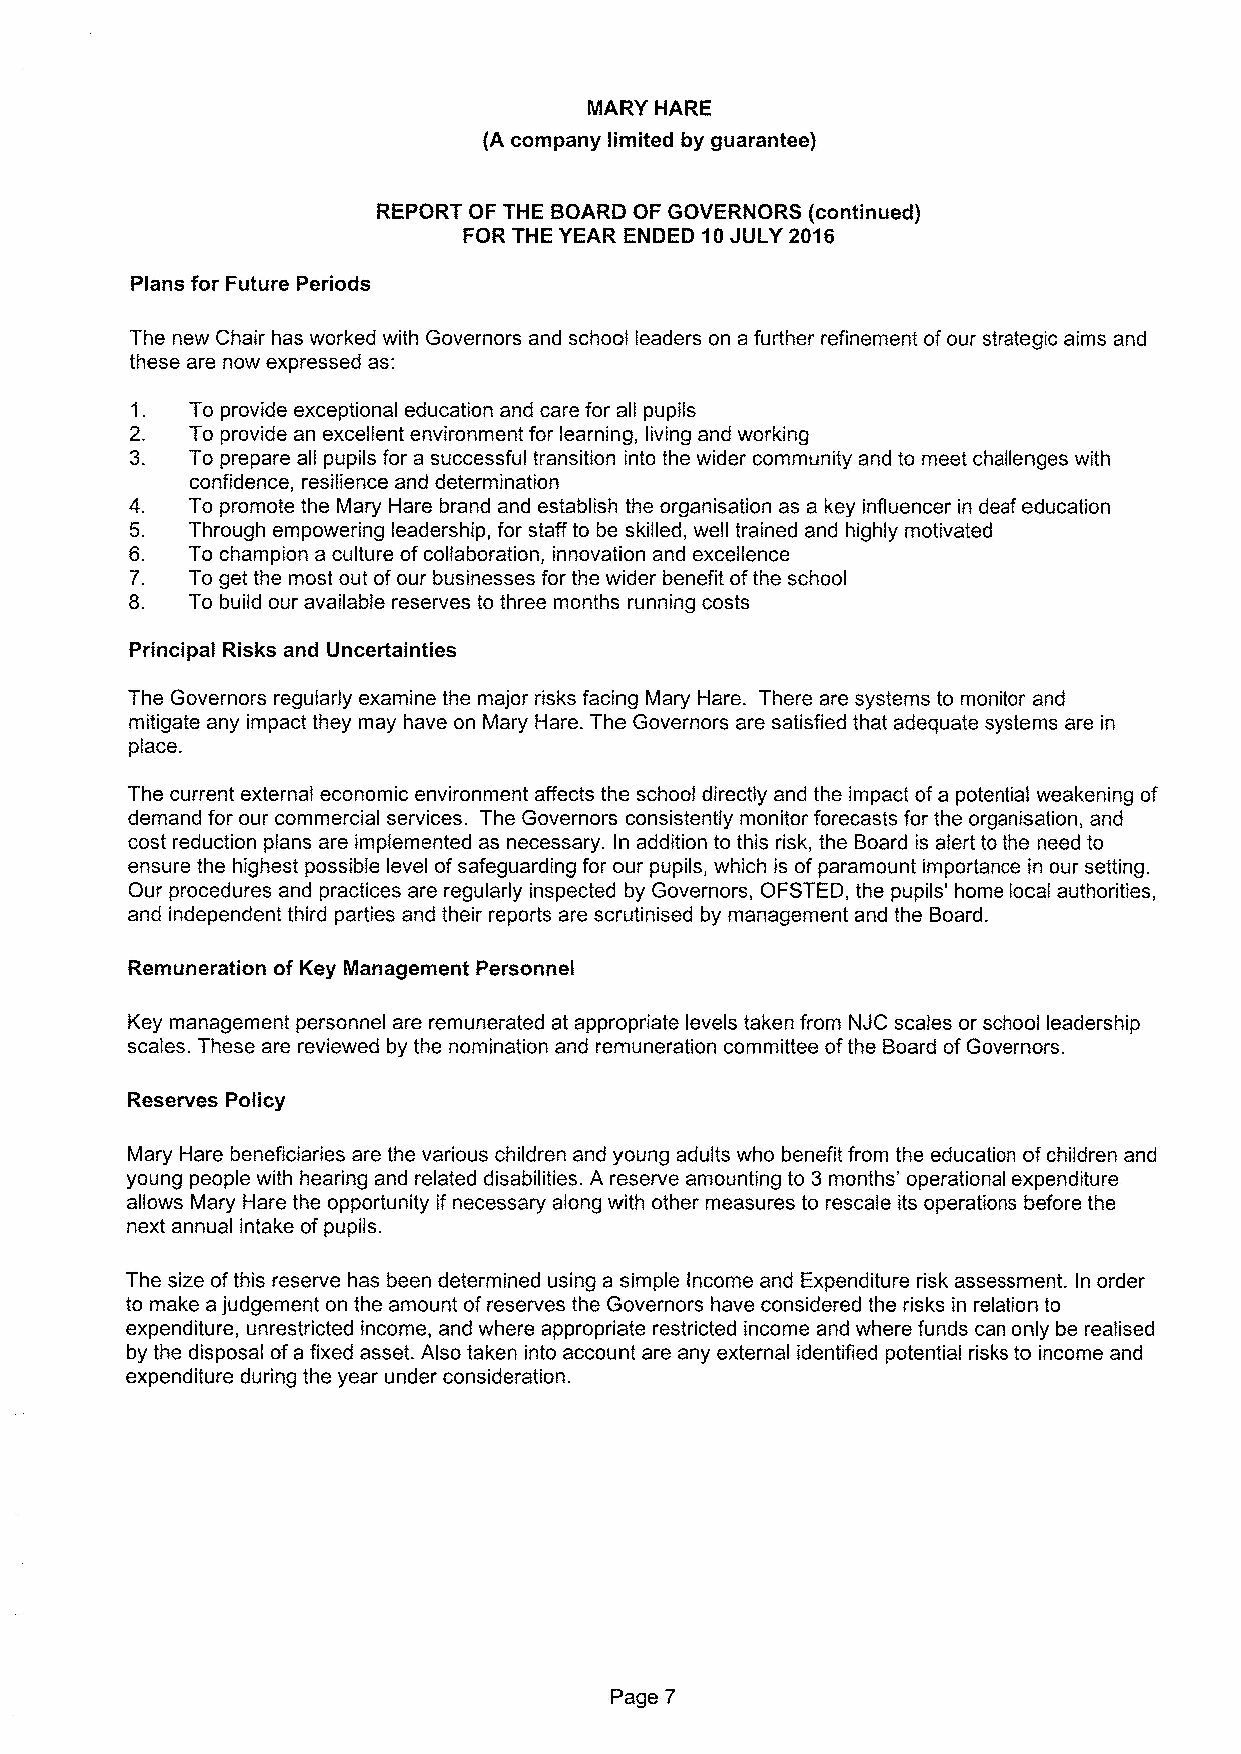
MARY HARE
 (A company limited by guarantee)
 REPORT OF THE BOARD OF GOVERNORS (continued)
 FOR THE YEAR ENDED 10JULY 2016
 Plans for Future Periods
 The new Chair has worked with Governors and school leaders on a further refinement ofour strategic aims and
 these are now expressed as:
 1.  To provide exceptional education and care for all pupils
 2.  To provide an excellent environment for learning, living and working
 3.  To prepare all pupils for a successful transition into the wider community and to meet challenges with
 confidence, resilience and determination
 4   To promote the Mary Hare brand and establish the organisation as a key influencer in deaf education
 5. Through empowering leadership, for staff to be skilled, well trained and highly motivated
 6. To champion a culture ofcollaboration, innovation and excellence
 7. To get the most out ofour businesses for the wider benefit ofthe school
 8. To build our available reserves to three months running costs
 Principal Risks and Uncertainties
 The Governors regularly examine the major risks facing Mary Hare. There are systems to monitor and
 mitigate any impact they may have on Mary Hare. The Governors are satisfied that adequate systems are in
 place.
 The current external economic environment affects the school directly and the impact ofa potential weakening of
 demand for our commercial services. The Governors consistently monitor forecasts for the organisation, and
 cost reduction plans are implemented as necessary. In addition to this risk, the Board is alert to the need to
 ensure the highest possible level ofsafeguarding for our pupils, which is ofparamount importance in our setting.
 Our procedures and practices are regularly inspected by Governors, OFSTED, the pupils' home local authorities,
 and independent third parties and their reports are scrutinised by management and the Board.
 Remuneration of Key Management Personnel
 Key management personnel are remunerated at appropriate levels taken from NJC scales or school leadership
 scales. These are reviewed by the nomination and remuneration committee ofthe Board ofGovernors.
 Reserves Policy
 Mary Hare beneficiaries are the various children and young adults who benefit from the education ofchildren and
 young people with hearing and related disabilities. A reserve amounting to 3 months' operational expenditure
 allows Mary Hare the opportunity if necessary along with other measures to rescale its operations before the
 next annual intake ofpupils.
 The size ofthis reserve has been determined using a simple Income and Expenditure risk assessment. In order
 to make ajudgement on the amount ofreserves the Governors have considered the risks in relation to
 expenditure, unrestricted income, and where appropriate restricted income and where funds can only be realised
 by the disposal ofa fixed asset. Also taken into account are any external identified potential risks to income and
 expenditure during the year under consideration.
 Page?